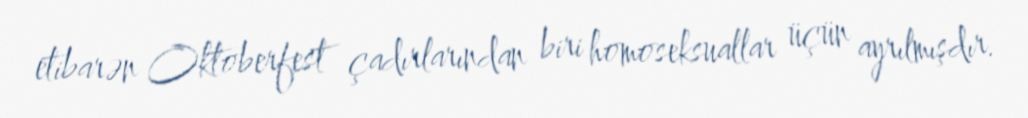
etibarən Oktoberfest çadırlarından biri homoseksuallar üçün ayrılmışdır.